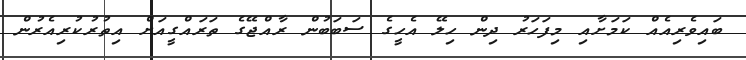
ބައިވެރިއެއް ކަމަށާއި މިފަހަރު ދިން ހިލޭ އެހީގެ ސަބަބުން ރާއްޖޭގެ ތަރައްގީއަށް އިތުރުކުރިއެރުން